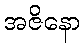
အဇိနော